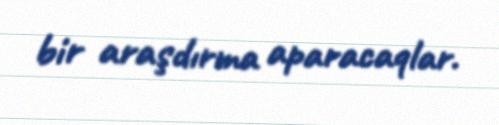
bir araşdırma aparacaqlar.